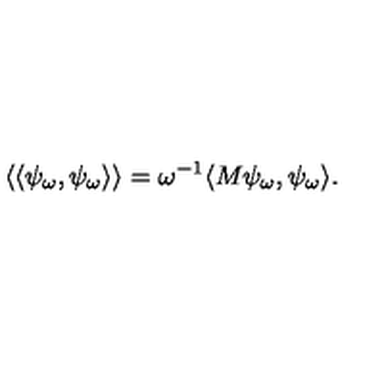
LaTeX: \langle \langle \psi _ { \omega } , \psi _ { \omega } \rangle \rangle = \omega ^ { - 1 } \langle M \psi _ { \omega } , \psi _ { \omega } \rangle .